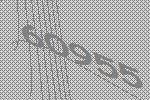
60955